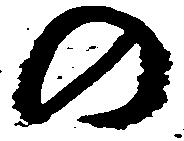
の